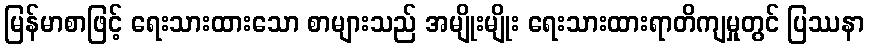
မြန်မာစာဖြင့် ရေးသားထားသော စာများသည် အမျိုးမျိုး ရေးသားထားရာတိကျမှုတွင် ပြဿနာ